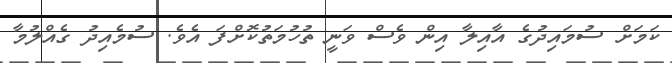
ކަމަށް ސުމައިދުގެ އާއިލާ އިން ވެސް ވަނީ ތުހުމަތުކޮށްފަ އެވެ. ސުމެއިދު ގެއްލުމާ